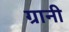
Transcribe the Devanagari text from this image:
ग्रानी